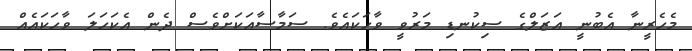
މެހެރީނާ އެބުނީ އަޒަލްގެ ސިކުނޑި މަރުވީ ވާހަކައެވެ. ސަމާސާއަކަށްވެސް ދެން އެކަހަލަ ވާހަކައެއް